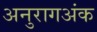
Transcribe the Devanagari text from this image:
अनुरागअंक